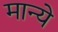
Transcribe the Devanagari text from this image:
मान्ये